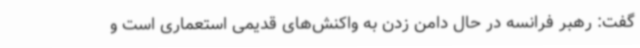
گفت: رهبر فرانسه در حال دامن زدن به واکنش‌های قدیمی استعماری است و